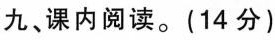
九、课内阅读。(14分)